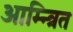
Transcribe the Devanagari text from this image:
आम्न्त्रित